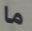
ما